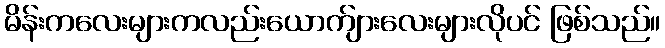
မိန်းကလေးများကလည်းယောက်ျားလေးများလိုပင် ဖြစ်သည်။